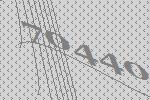
70440